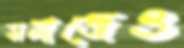
সমাজেও